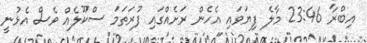
އިބްރާ 23:46 މާލެ ފިޔަވައި އެހެން ރަށެއްގައި ފުރަތަމަ ސްކޫލެއް ވެސް އެޅުނީ